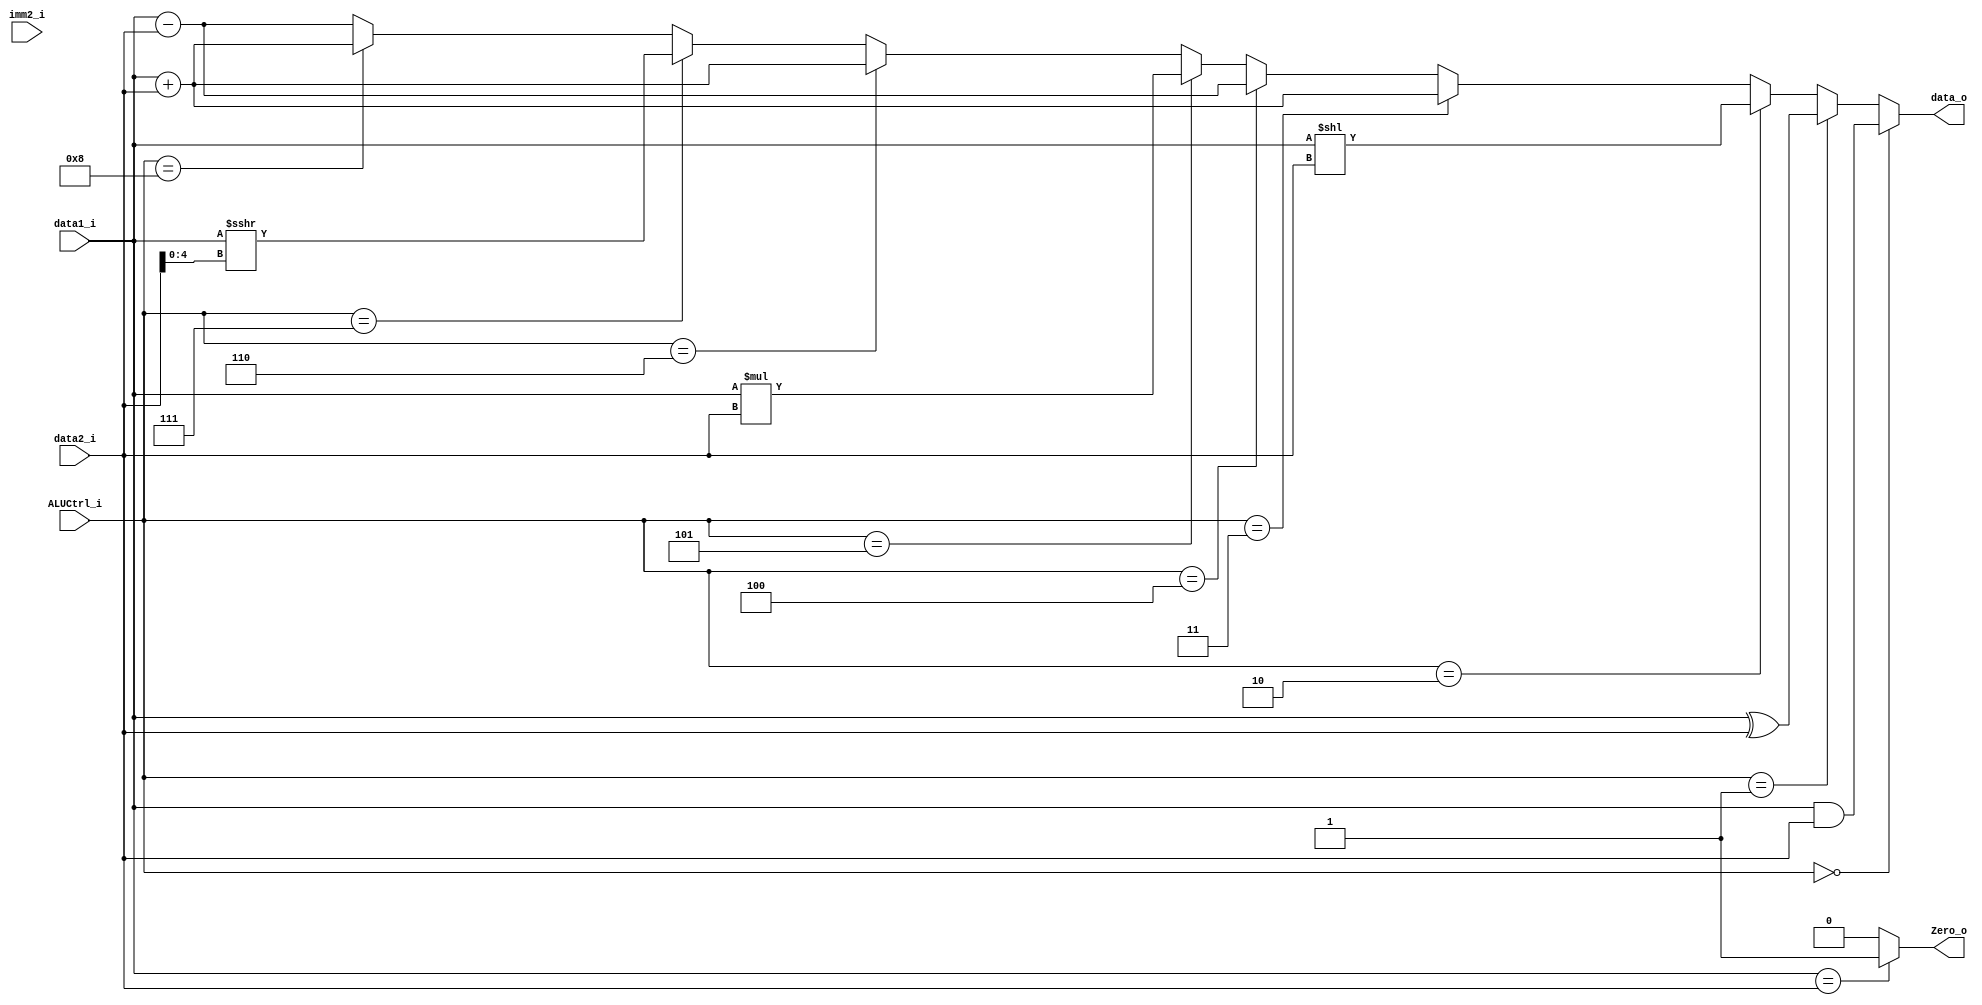
// module ALU(data1_i, data2_i, ALUCtrl_i, data_o, Zero_o);
// input signed [31:0] data1_i, data2_i;
// input  [2:0]  ALUCtrl_i;
// output [31:0] data_o;
// output        Zero_o;

// // TODO

// endmodule

// copy from lab1


module ALU (
    data1_i,
    data2_i,
    ALUCtrl_i,
    data_o,
    Zero_o,
    imm2_i
);
    input signed [31:0] data1_i, data2_i;
    //input [31:0]data1_i,data2_i;

    input [3:0]ALUCtrl_i;
    input [4:0]imm2_i;
    output signed [31:0]data_o;
    output Zero_o;
    assign Zero_o=(data1_i==data2_i)? 1:0;
    assign data_o = (ALUCtrl_i == 4'b0000)?(data1_i & data2_i):
    (ALUCtrl_i == 4'b0001)?(data1_i ^ data2_i):
    (ALUCtrl_i == 4'b0010)?(data1_i << data2_i):
    (ALUCtrl_i == 4'b0011)?(data1_i + data2_i):
    (ALUCtrl_i == 4'b0100)?(data1_i - data2_i):
    (ALUCtrl_i == 4'b0101)?(data1_i * data2_i)://(data1_i >>> imm2_i):
    (ALUCtrl_i == 4'b0110)?(data1_i + data2_i): //addi
    (ALUCtrl_i == 4'b0111)?(data1_i >>> data2_i[4:0])://srai
    (ALUCtrl_i == 4'b1000)?(data1_i + data2_i):
    (data1_i - data2_i); //beq 
endmodule